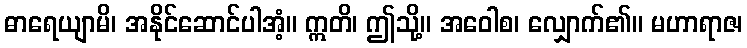
ဓာရေယျာမိ၊ အနိုင်ဆောင်ပါအံ့။ ဣတိ၊ ဤသို့။ အဝေါစ၊ လျှောက်၏။ မဟာရာဇ၊